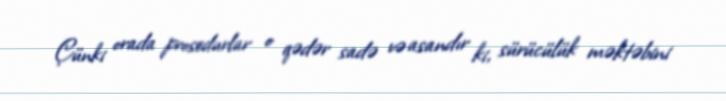
Çünki orada prosedurlar o qədər sadə və asandır ki, sürücülük məktəbini